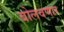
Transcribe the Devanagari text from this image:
बोलवणार